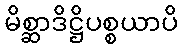
မိစ္ဆာဒိဋ္ဌိပစ္စယာပိ